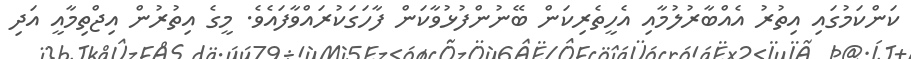
ކަންކަމުގައި އިތުރު އެއްބާރުލުމާއި އެހީތެރިކަން ބޭނުންފުޅުވާކަން ފާހަގަކުރައްވާފައެވެ. މީގެ އިތުރުން އިޖްތިމާއީ އަދި